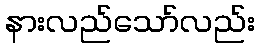
နားလည်သော်လည်း